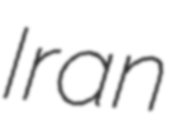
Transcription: Iran